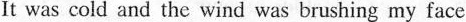
It was cold and the wind was brushing my face